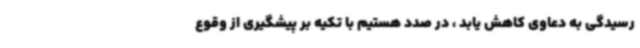
رسیدگی به دعاوی کاهش یابد ، در صدد هستیم با تکیه بر پیشگیری از وقوع